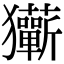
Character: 玂